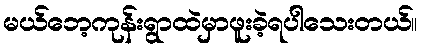
မယ်ဘေ့ကုန်းရွာထဲမှာဖူးခဲ့ရပါသေးတယ်။